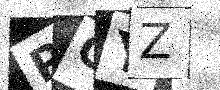
Text: PCYZ